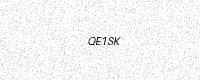
Text: QE1SK